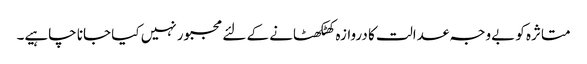
متاثرہ کو بےوجہ عدالت کا دروازہ کھٹکھٹانے کے لئے مجبور نہیں کیا جانا چاہیے۔